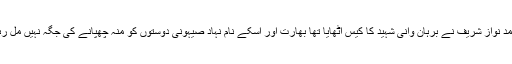
اقوام متحدہ کی جنرل اسمبلی میں جس طرح عظیم قائد میاں محمد نواز شریف نے برہان وانی شہید کا کیس اٹھایا تھا بھارت اور اسکے نام نہاد صیہونی دوستوں کو منہ چھپانے کی جگہ نہیں مل رہی تھی آج بھی کشمیری لیڈر شپ اور عوام ان کی منتظر ہے ۔